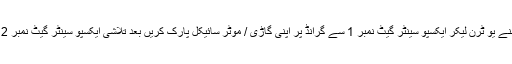
بیت المکرم مسجد کے سامنے یو ٹرن لیکر ایکسپو سینٹر گیٹ نمبر 1 سے گرانڈ پر اپنی گاڑی / موٹر سائیکل پارک کریں بعد تلاشی ایکسپو سینٹر گیٹ نمبر 2 سے اسٹیڈیم جا سکیں گے۔